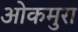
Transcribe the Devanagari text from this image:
ओकमुरा